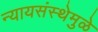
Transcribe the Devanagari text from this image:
न्यायसंस्थेमुळे